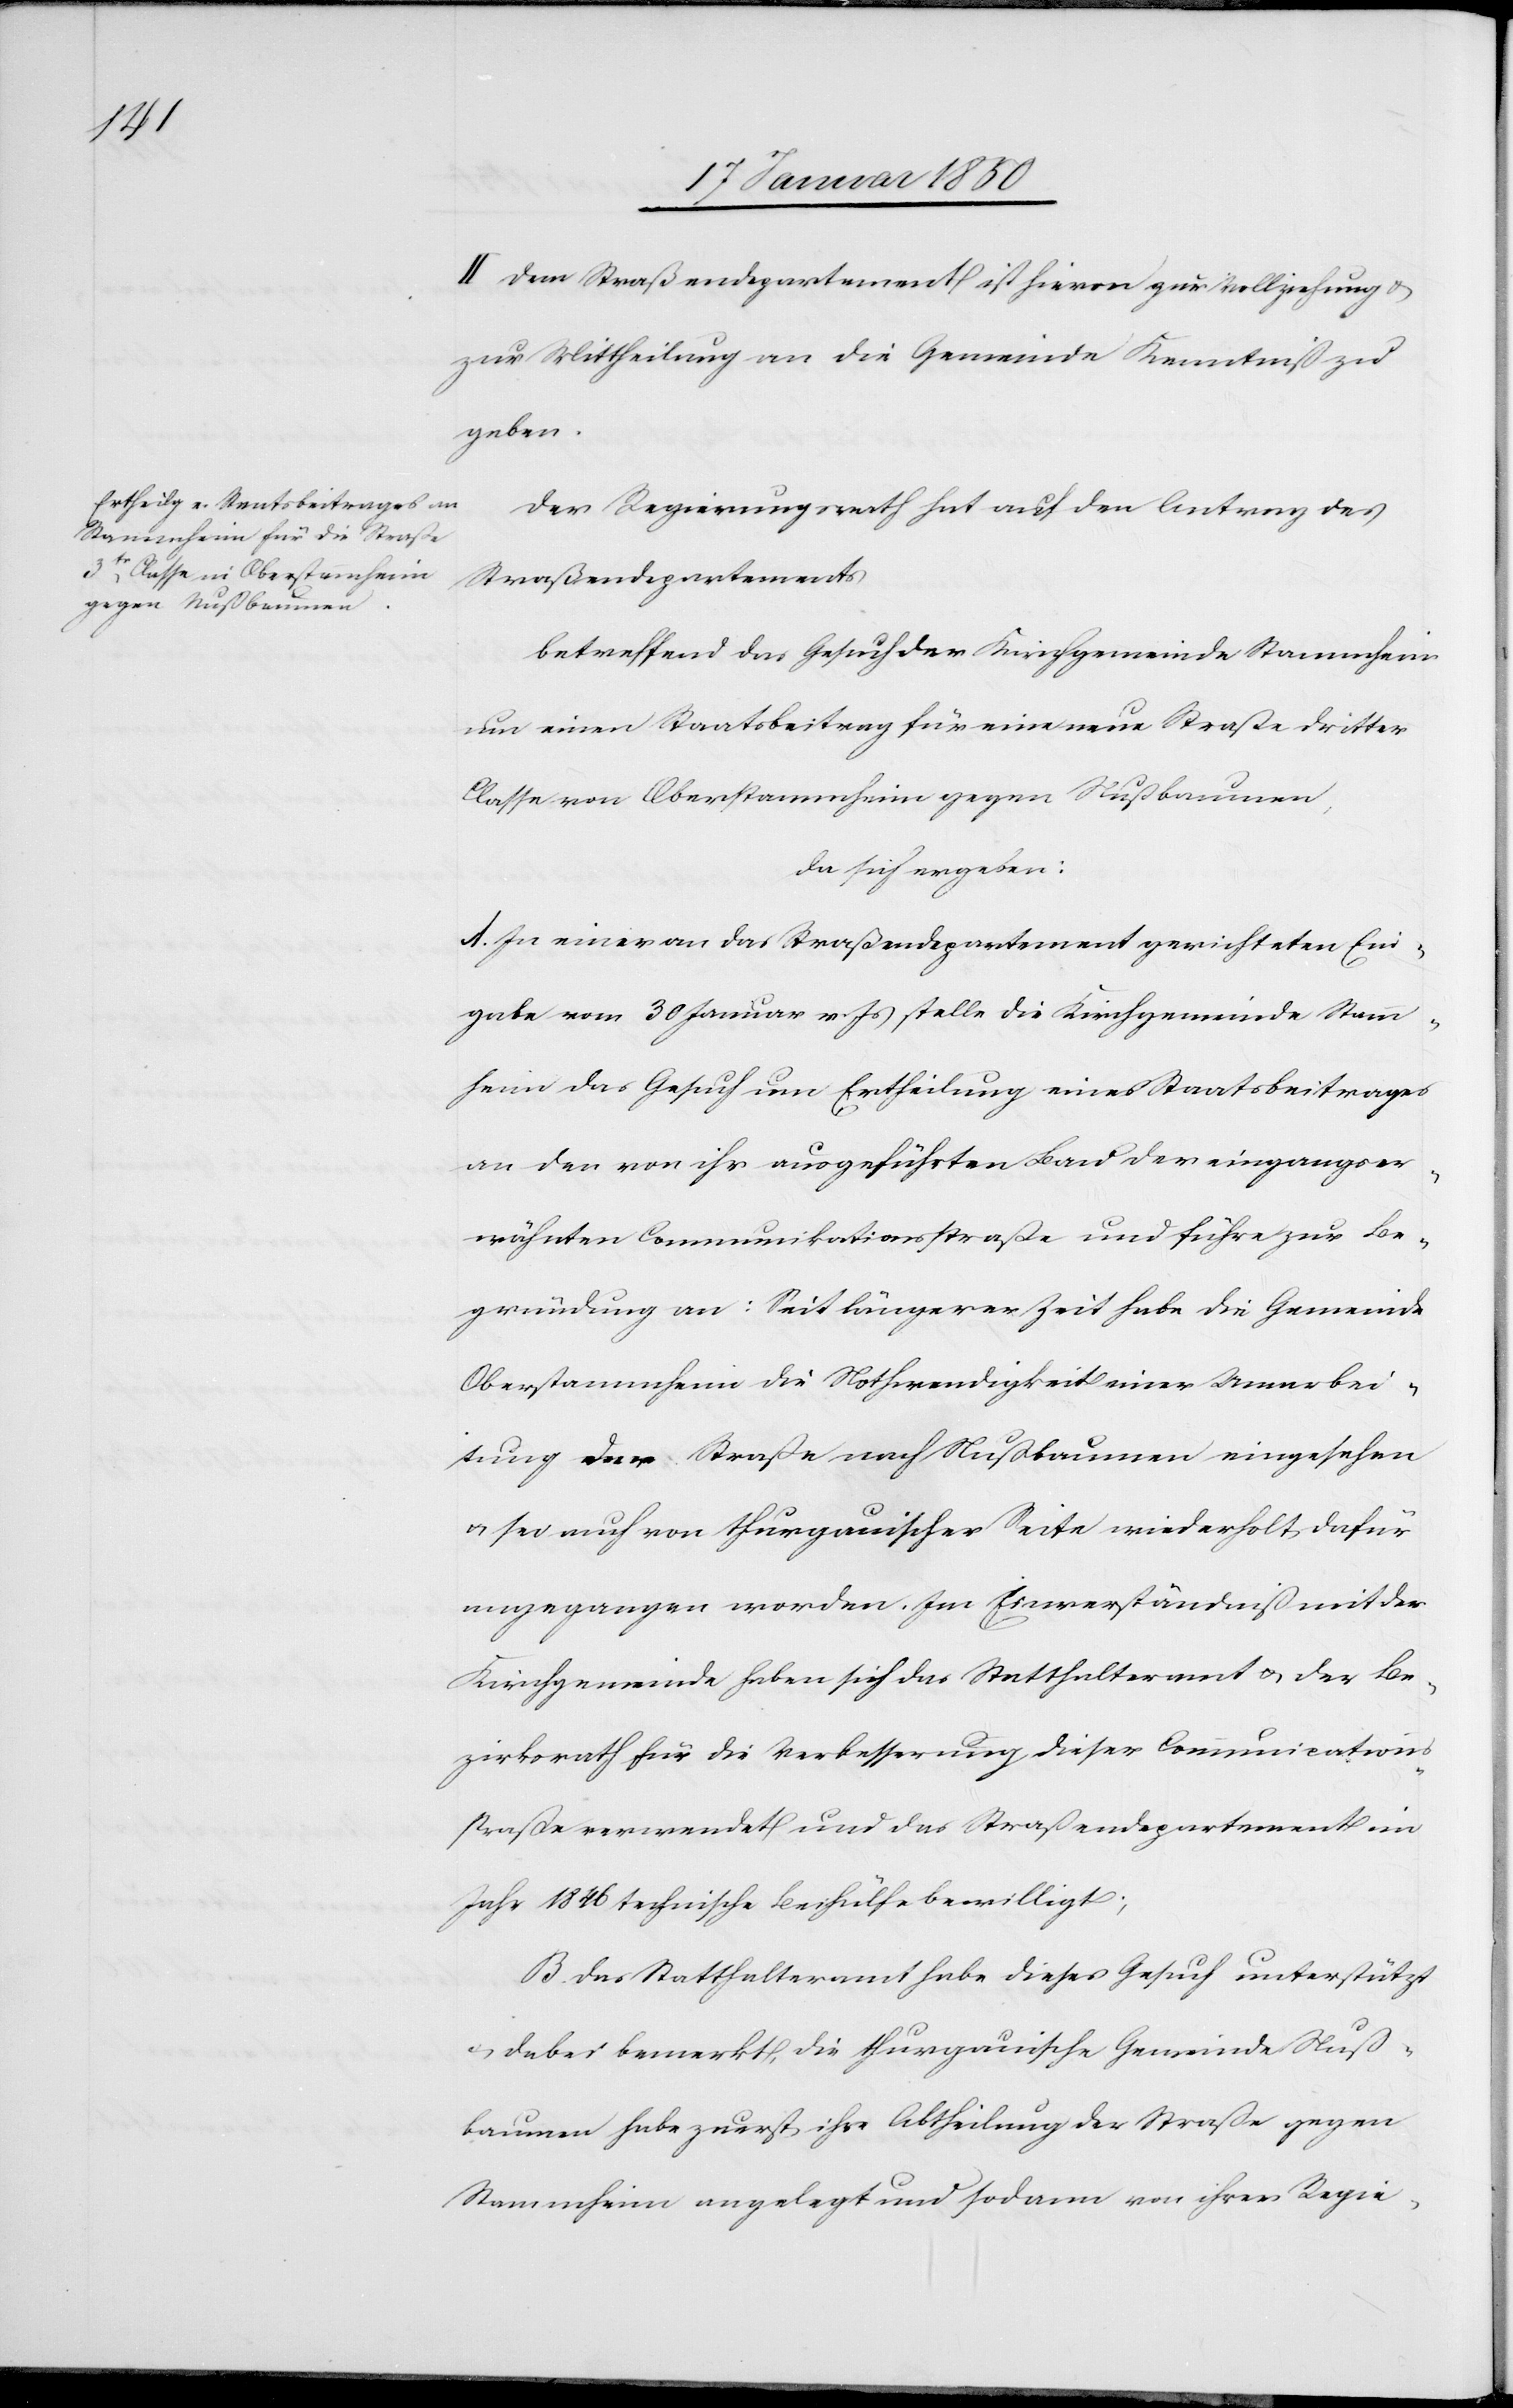
II. Dem Straßendepartement ist hievon zur Vollziehung u.
zur Mittheilung an die Gemeinde Kenntniß zu
geben.
Der Regierungsrath hat auf den Antrag des
Straßendepartements
betreffend das Gesuch der Kirchgemeinde Stammheim
um einen Staatsbeitrag für eine neue Straße dritter
Classe von Oberstammheim gegen Nußbaumen,
da sich ergeben:
A. In einer an das Straßendepartement gerichteten Ein¬
gabe vom 30 Januar v. Js stelle die Kirchgemeinde Stamm¬
heim das Gesuch um Ertheilung eines Staatsbeitrages
an den von ihr ausgeführten Bau der eingangser¬
wähnten Communikationsstraße und führe zur Be¬
gründung an: Seit längerer Zeit habe die Gemeinde
Oberstammheim die Nothwendigkeit einer Umarbei¬
tung der Straße nach Nußbaumen eingesehen
u. sei auch von thurgauischer Seite wiederholt dafür
angegangen worden. Im Einverständniß mit der
Kirchgemeinde haben sich das Statthalteramt u. der Be¬
zirksrath für die Verbesserung dieser Communications¬
straße verwendet und das Straßendepartement im
Jahr 1846 technische Beihülfe bewilligt;
B. Das Statthalteramt habe dieses Gesuch unterstützt
u. dabei bemerkt, die thurgauische Gemeinde Nuß¬
baumen habe zuerst ihre Abtheilung der Straße gegen
Stammheim angelegt und sodann von ihrer Regie-